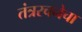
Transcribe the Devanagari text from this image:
तंत्ररचनेचा